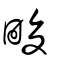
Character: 畯